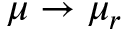
\mu \to \mu _ { r }